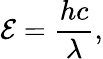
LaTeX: \mathcal{E}={\frac{{hc}}{{\lambda}}},